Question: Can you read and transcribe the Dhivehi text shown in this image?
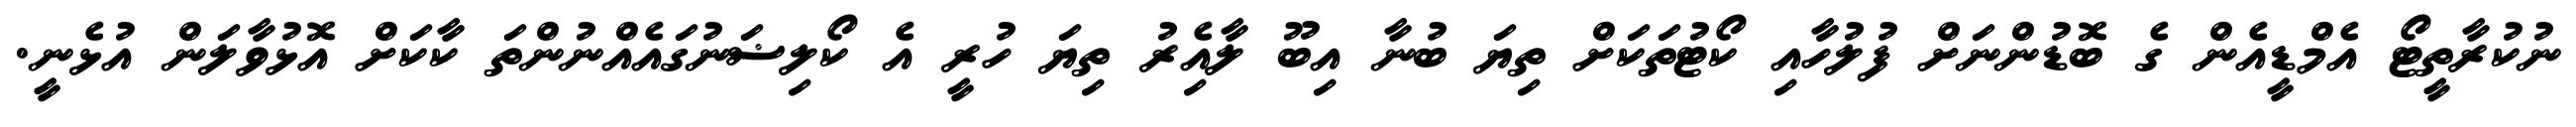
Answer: ނުކުރާތީޓޯ އެމްޑީއެން ގެ ބޮޑުންނަށް ފުލުހާއި ކޯޓުތަކަށް ތިޔަ ބުނާ އިބޫ ލާއެިރު ތިޔަ ހުރީ އެ ކޯލިޟަނުގައެއްނުންތަ ކާކަށް އޮޅުވާލަން އުޅެނީ.